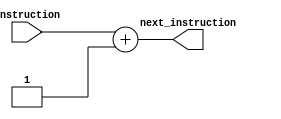
// Version:     2 (Modified 19 February 2015)
// Description: This file contains a behavioral definition for an instruct incrementer.

module instruction_increment(instruction, next_instruction);
  
  input [31:0] instruction;            // First 32 bit input to the adder
  output [31:0] next_instruction;
  assign next_instruction = instruction + 1;

endmodule